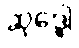
ဆုဒ္ဓေါ